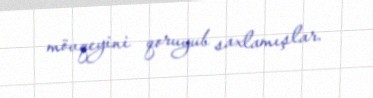
mövqeyini qoruyub saxlamışlar.